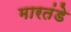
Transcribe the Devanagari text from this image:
मारतंडे